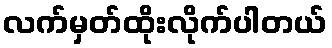
လက်မှတ်ထိုးလိုက်ပါတယ်